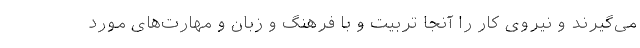
می‌گیرند و نیروی کار را آنجا تربیت و با فرهنگ و زبان و مهارت‌های مورد